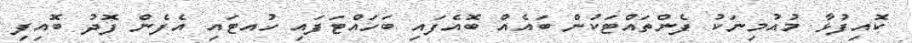
ކޮއިފުޅާ މުއުމިނަކު ފެންތައްޓަކުން ބައެއް ބޮއެފައި ބަހައްޓަފައި ހުއޓައި އެފެން ފޮދު ބޮއިފި